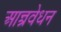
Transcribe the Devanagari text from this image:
आन्त्रवेधन